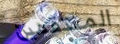
المنتقمين